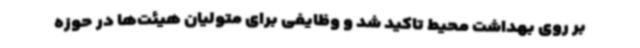
بر روی بهداشت محیط تاکید شد و وظایفی برای متولیان هیئت‌ها در حوزه